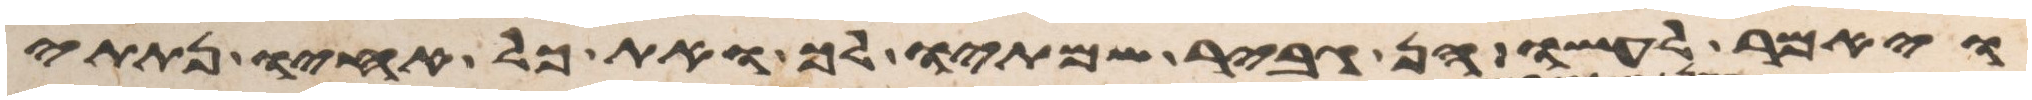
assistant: ויאמר לעשו הן גביר שמתיו לך ואת כל אחיו נתתי